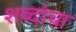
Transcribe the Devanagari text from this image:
शब्दांचा